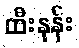
ထီးနန်း